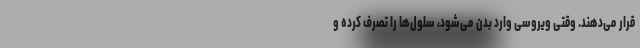
قرار می‌دهند. وقتی ویروسی وارد بدن می‌شود، سلول‌ها را تصرف کرده و